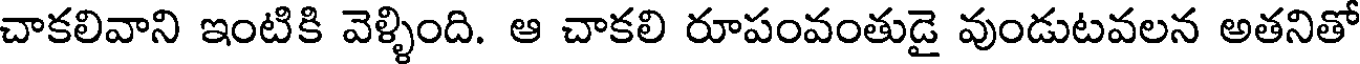
చాకలివాని ఇంటికి వెళ్ళింది. ఆ చాకలి రూపంవంతుడై వుండుటవలన అతనితో